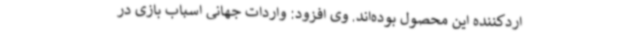
اردکننده این محصول بوده‌اند. وی افزود: واردات جهانی اسباب بازی در